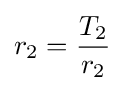
r_{2}={\frac {T_{2}}{r_{2}}}